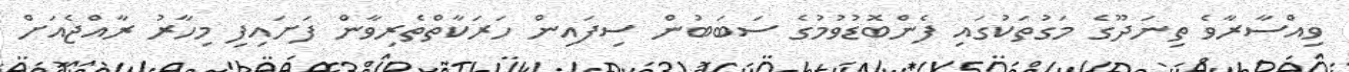
ވިއްސާރާވެ ތިނަދޫގެ މަގުތަކުގައި ފެންބޮޑުވުމުގެ ސަބަބުން ސިފައިން ހަރަކާތްތެރިވާން ފަށައިފި މިހާރު ރާއްޖެއަށް